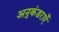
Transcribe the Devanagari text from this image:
अनुकंडराएँ